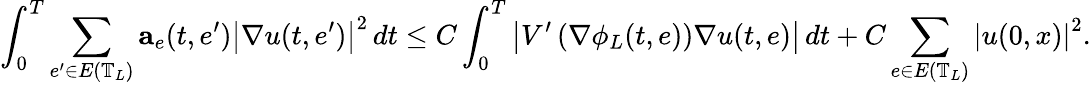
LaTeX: \int_{0}^{T}\sum_{e^{\prime}\in E\left(\mathbb{T}_{L}\right)}\mathbf{a}_{e}(t,e^{\prime})\left|\nabla u(t,e^{\prime})\right|^{2}\, dt\leq C\int_{0}^{T}\left|V^{\prime}\left(\nabla\phi_{L}(t,e)\right)\nabla u(t,e)\right|\, dt+C\sum_{e\in E\left(\mathbb{T}_{L}\right)}\left|u(0,x)\right|^{2}.